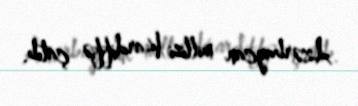
Azərbaycan millisi Kardiffə çatıb.